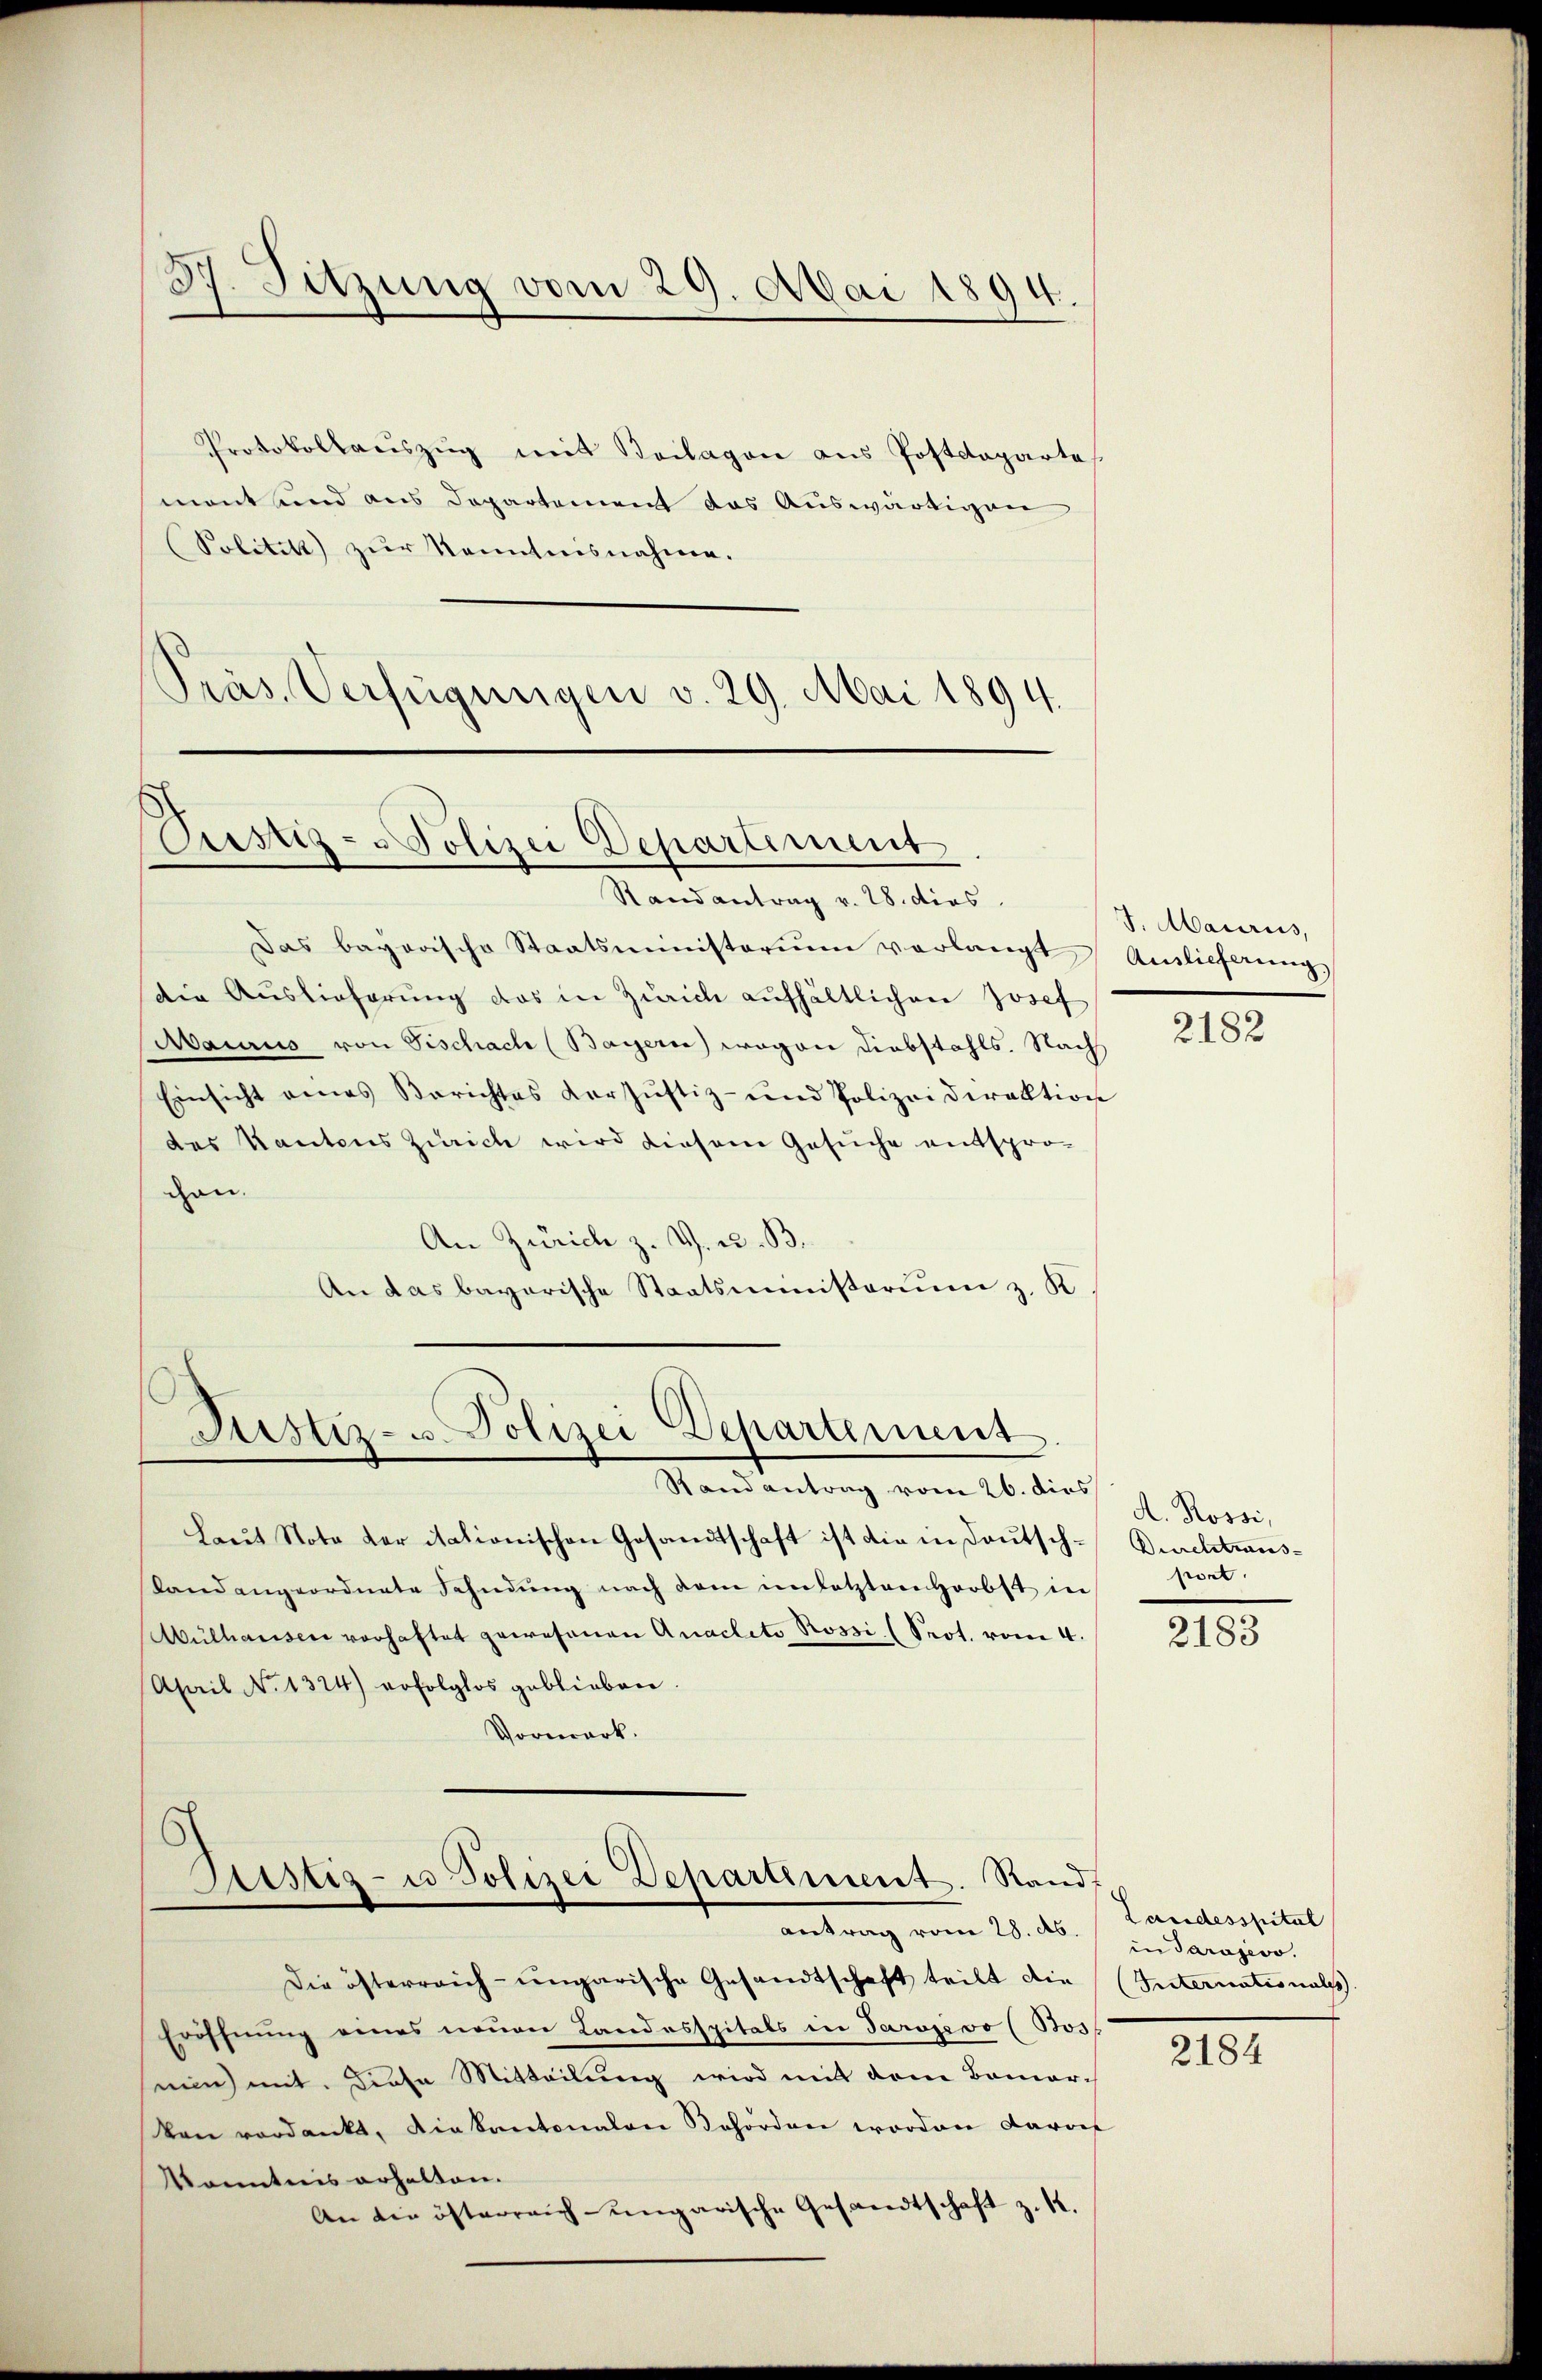
Protokollauszug mit Beilagen aus Postdeparte
mont und aus Departement das Auswärtigen
(Solitikt zŭr Kenntnisnahme.
Präs. Verfügungen v. 29. Mai 1894.

37. Sitzung vom 29. Mai 1894.

Das bayerische Staatsministerium verlangt,
die Auslieferŭng das in Zürich aufhältlichen Josef
Mairis von Tischach (Bayern) wegen Diebstahls. Nach
Einsicht eines Berichtes Dorsŭstiz- und Polizeidirektion
des Kantons Zürich wird diesem Gesuche entspro-
can.
An Zürich z. Z. u. B.
An das bayerische Staatsministerium z. K

Randantrag vom 26. dies
Laŭt Nota der itationischen Gesandtschaft ist die in Deutschslandangeordnete Fahndŭng nach dem im letzten Herbst in
Mülhausen vorhaftet gewesenen Anacleti Rossi (Prot. vom 4.
April No 1324) erfolglos geblieben.
Vorwark.

Pustiz - Polizei Departiment
Stand antrag v. 28. dies

Justiz- u Polizei Departement

Justiz- u Polizei Departement. Rand.
antrag vom 28. A.

Die österreich-ungarische Gesandtschaft teilt die (Internationals
Eröffnung eines neuen Landesspitals in Sarajevo (Bos
nin) mit. Diese Mitteilung wird mit dem Bamar-
von verdankt, die kantonalen Behörden worden Caroes
Kenntnis erhalten.
An die österreich-ungarische Gesandtschaft z. 1.

J. Mauriis,
Auslieferung

2182

A. Rossi,
Durchtraus-
pont.

2183

Landesspital
in Sarajevo.

2184